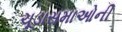
ચૂડાસમાઓની